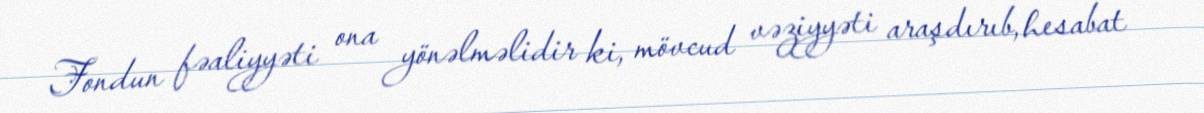
Fondun fəaliyyəti ona yönəlməlidir ki, mövcud vəziyyəti araşdırıb, hesabat